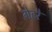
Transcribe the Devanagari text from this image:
गेहरे